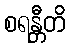
စရန္တီတိ